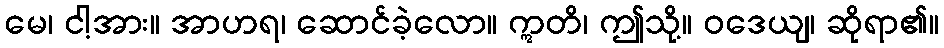
မေ၊ ငါ့အား။ အာဟရ၊ ဆောင်ခဲ့လော။ ဣတိ၊ ဤသို့။ ဝဒေယျ၊ ဆိုရာ၏။